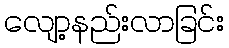
လျော့နည်းလာခြင်း